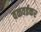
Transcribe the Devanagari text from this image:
वळवईकर